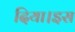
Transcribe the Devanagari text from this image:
दिया।इस